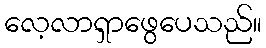
လေ့လာရှာဖွေပေသည်။